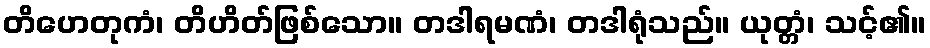
တိဟေတုကံ၊ တိဟိတ်ဖြစ်သော။ တဒါရမဏံ၊ တဒါရုံသည်။ ယုတ္တံ၊ သင့်၏။